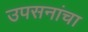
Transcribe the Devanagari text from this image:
उपसनांचा